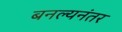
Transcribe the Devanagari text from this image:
बनल्यनंतर